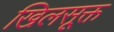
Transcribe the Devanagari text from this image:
खिलसूक्त